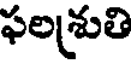
ఫలశ్రుతి